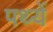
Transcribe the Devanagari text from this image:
पथ्यें